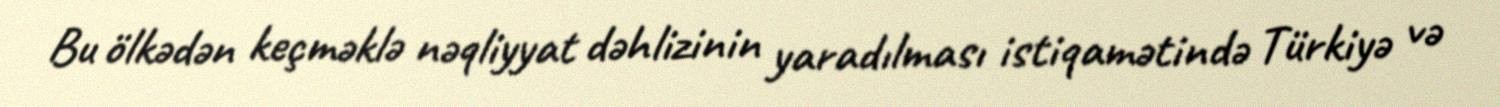
Bu ölkədən keçməklə nəqliyyat dəhlizinin yaradılması istiqamətində Türkiyə və